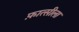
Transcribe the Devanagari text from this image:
फ़ात्सीला